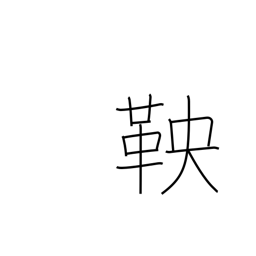
Meaning: shackle